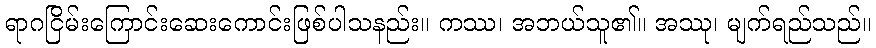
ရာဂငြိမ်းကြောင်းဆေးကောင်းဖြစ်ပါသနည်း။ ကဿ၊ အဘယ်သူ၏။ အဿု၊ မျက်ရည်သည်။